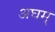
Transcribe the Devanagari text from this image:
अघम्